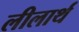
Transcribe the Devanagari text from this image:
लीलार्थ